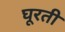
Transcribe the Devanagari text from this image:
घूरती